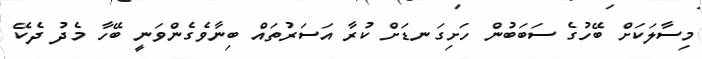
މިސާލަކަށް ބޭހުގެ ސަބަބުން ހަށިގަނޑަށް ކުރާ އަސަރުތައް ބިނާވެގެންވަނީ ބޭހާ މެދު ދެކޭ